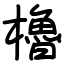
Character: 櫓